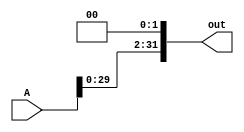
module leftshift_2(A, out);
    input [31:0] A;
    output [31:0] out;

    assign out[31:2] = A[29:0];
    assign out[0] = 1'b0;        
    assign out[1] = 1'b0;
    
endmodule